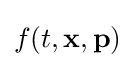
f(t,\mathbf {x} ,\mathbf {p} )